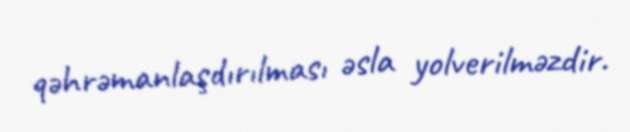
qəhrəmanlaşdırılması əsla yolverilməzdir.